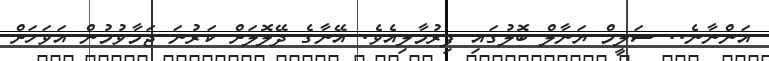
އަންނާނެ.. ސަލީމް ޔަނާލް ބޮލުގައި ފިރުމާލިއެވެ. އޭނާގެ ދޭލޮލަށް ކަރުނަ ޖަމާވުމުން އަވަހަށް